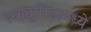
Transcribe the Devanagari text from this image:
स्वादुपिंडामध्ये